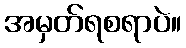
အမှတ်ရစရာပဲ။